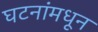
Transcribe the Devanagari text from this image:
घटनांमधून